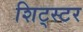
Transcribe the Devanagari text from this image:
शिट्स्टर